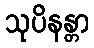
သုပိနန္တာ